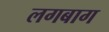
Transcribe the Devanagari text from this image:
लगबाग